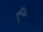
m